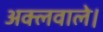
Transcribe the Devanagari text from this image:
अक्लवाले।